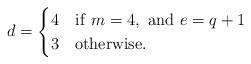
LaTeX: \begin{align*} d=\begin{cases}4 &{\rm if} ~m=4,~{\rm and}~e=q+1\\3 &{\rm otherwise}.\end{cases} \end{align*}